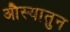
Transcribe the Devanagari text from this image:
औस्यातुन